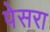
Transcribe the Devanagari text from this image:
पेसरा